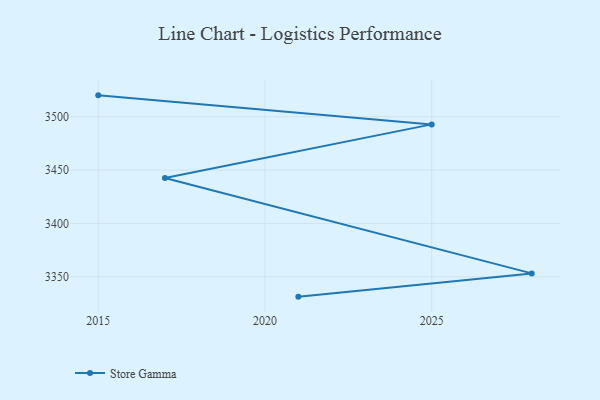
{"axis": {"x": "Year", "y": "Revenue (USD Million)"}, "legend": ["Store Gamma"], "data": [{"x": "2015", "y": 3520.0, "type": "Store Gamma"}, {"x": "2025", "y": 3492.8, "type": "Store Gamma"}, {"x": "2017", "y": 3442.6, "type": "Store Gamma"}, {"x": "2028", "y": 3353.2, "type": "Store Gamma"}, {"x": "2021", "y": 3331.4, "type": "Store Gamma"}]}